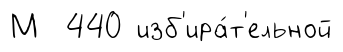
М 440 изб'ира́т'ельной